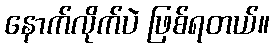
နောက်လိုက်ပဲ ဖြစ်ရတယ်။